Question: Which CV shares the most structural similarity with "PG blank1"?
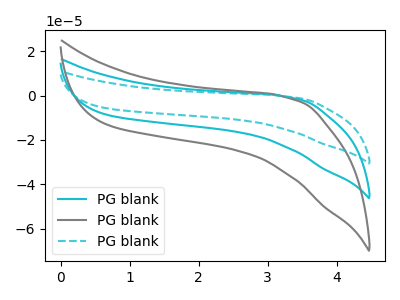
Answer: <think>The cyan curve "PG blank1" has no peaks. The gray curve "PG blank2" has no peaks. The cyan dashed curve "PG blank3" has no peaks.
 Neither "PG blank1" or "PG blank2" have any peaks. Neither "PG blank1" or "PG blank3" have any peaks. Neither "PG blank2" or "PG blank3" have any peaks.</think>
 <answer>"PG blank1" and "PG blank3" have a similar shape to "PG blank2".</answer>
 <eval>"PG blank1" "PG blank3"</eval>